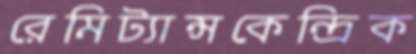
রেমিট্যান্সকেন্দ্রিক